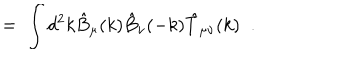
LaTeX: = \; \int d ^ { 2 } k \hat { B } _ { \mu } ( k ) \hat { B } _ { \nu } ( - k ) \hat { T } _ { \mu \nu } ( k ) \; \; .